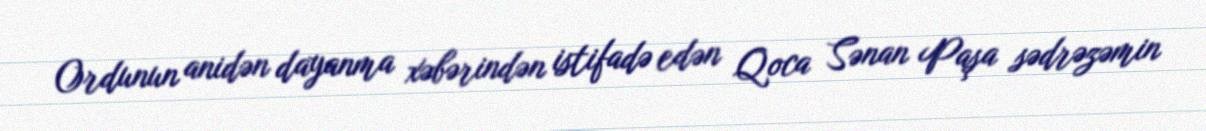
Ordunun anidən dayanma xəbərindən istifadə edən Qoca Sənan Paşa sədrəzəmin